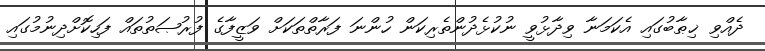
ދެއްވި ޚިޠާބުގައި އެކަމަނާ ވިދާޅުވީ ނުކުޅެދުންތެރިކަން ހުންނަ ފަރާތްތަކަށް ވަޒީފާގެ ފުރުޞަތުތައް ފަހިކޮށްދިނުމުގައި